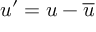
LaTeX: u ^ { \prime } = u - { \overline { { u } } }